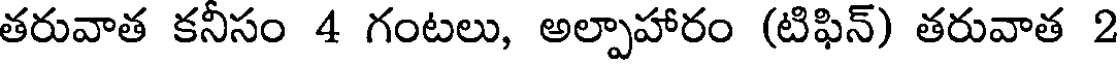
తరువాత కనీసం 4 గంటలు, అల్పాహారం (టిఫిన్) తరువాత 2